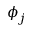
\phi _ { j }